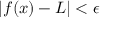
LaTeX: | f ( x ) - L | < \epsilon